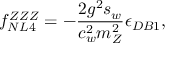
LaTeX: f _ { N L 4 } ^ { Z Z Z } = - \frac { 2 g ^ { 2 } s _ { w } } { c _ { w } ^ { 2 } m _ { Z } ^ { 2 } } \epsilon _ { D B 1 } ,